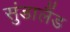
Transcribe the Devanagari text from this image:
सुंडालैंड